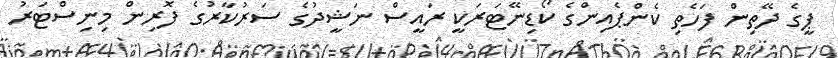
ޕީގެ ދޭތިން ފަހެތި ކެންޕެއިންގެ ކޯޑިނޭޓަރަކީ ރައީސް ނަޝީދުގެ ސަރުކާރުގެ ފޮރިން މިނިސްޓަރު